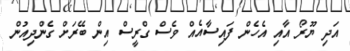
އަދި ޔޫރޯ އާއި އެހެން ފައިސާއެއް ވެސް ގްރީސް އިން ބޭރަށް ގެންދިއުން